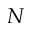
{ \cal N }